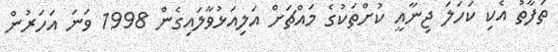
ތަފާތު އެކި ކަހަލަ ޖިނާއީ ކުށްތަކުގެ މައްޗަށް އަލިއަޅުވާލައިގެން 1998 ވަނަ އަހަރުން